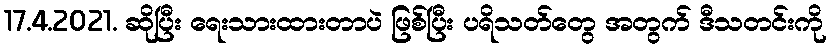
17.4.2021. ဆိုပြီး ရေးသားထားတာပဲ ဖြစ်ပြီး ပရိသတ်တွေ အတွက် ဒီသတင်းကို